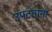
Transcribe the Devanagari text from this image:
उपटताना